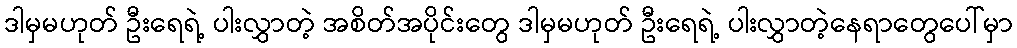
ဒါမှမဟုတ် ဦးရေရဲ့ ပါးလွှာတဲ့ အစိတ်အပိုင်းတွေ ဒါမှမဟုတ် ဦးရေရဲ့ ပါးလွှာတဲ့နေရာတွေပေါ်မှာ